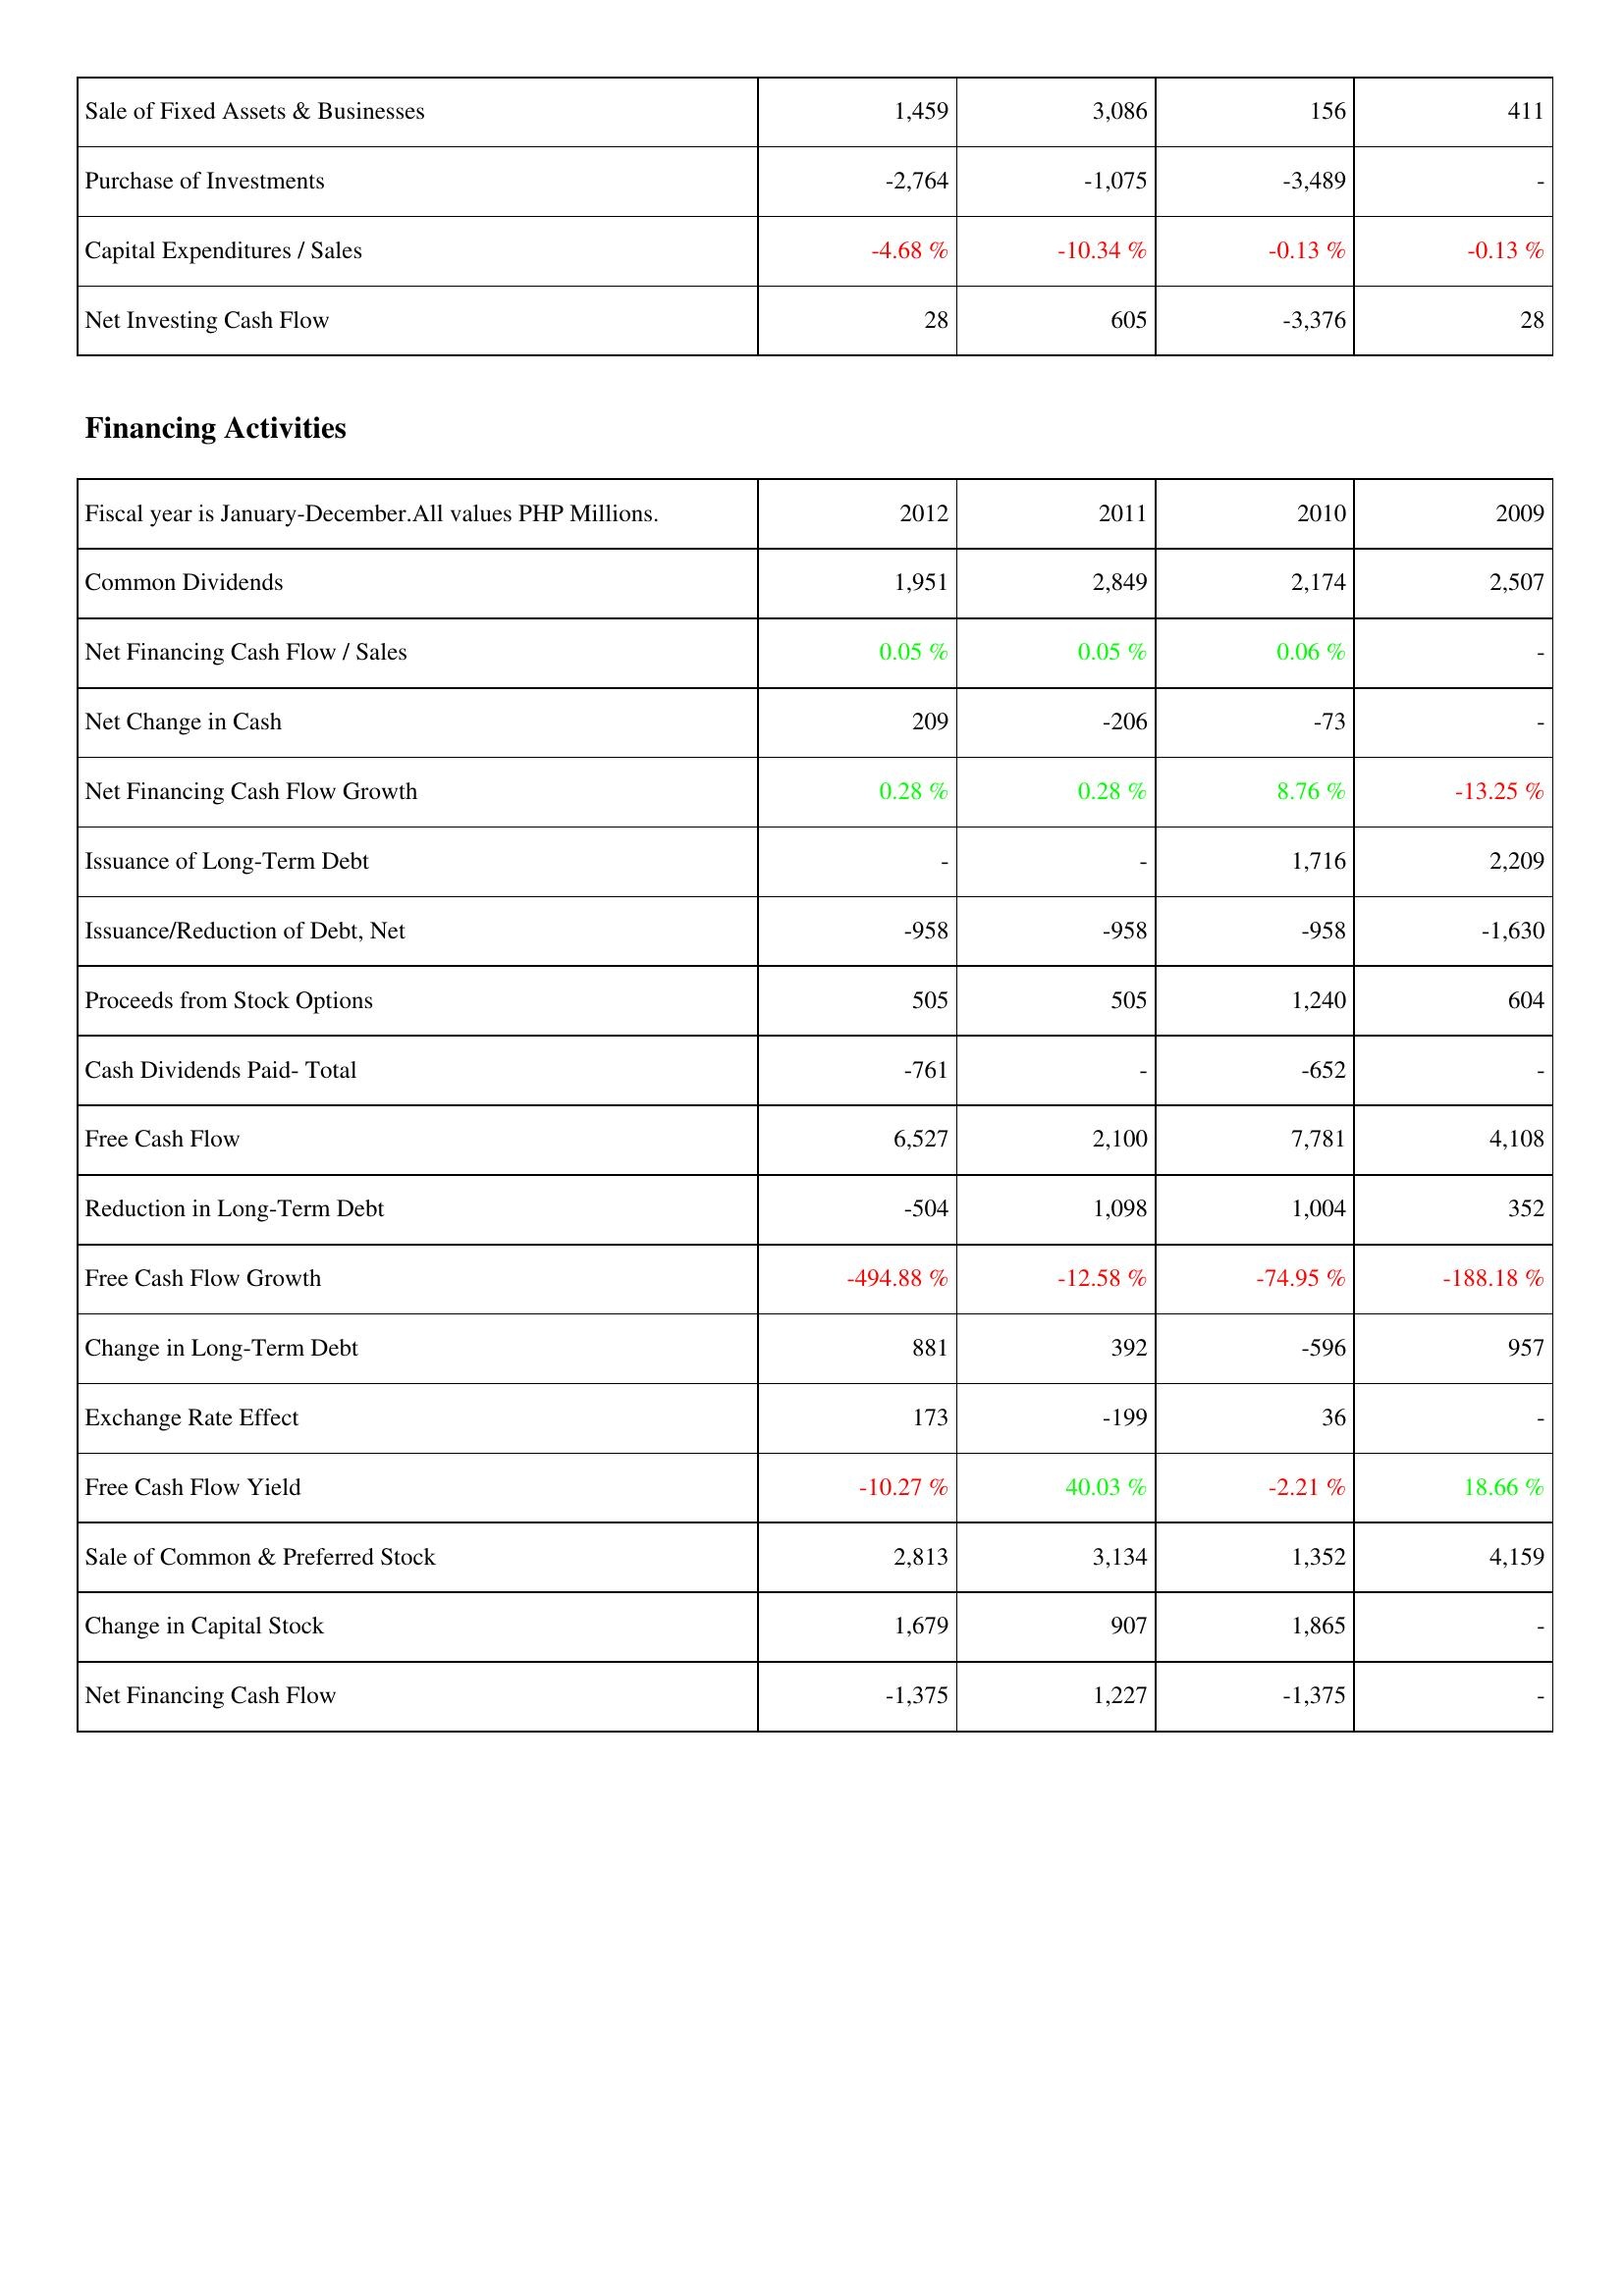
2012: Investing Activities: Sale of Fixed Assets & Businesses: 1,459
Purchase of Investments: -2,764
Capital Expenditures / Sales: -4.68 %
Net Investing Cash Flow: 28
Financing Activities: Common Dividends: 1,951
Net Financing Cash Flow / Sales: 0.05 %
Net Change in Cash: 209
Net Financing Cash Flow Growth: 0.28 %
Issuance of Long-Term Debt: -
Issuance/Reduction of Debt, Net: -958
Proceeds from Stock Options: 505
Cash Dividends Paid- Total: -761
Free Cash Flow: 6,527
Reduction in Long-Term Debt: -504
Free Cash Flow Growth: -494.88 %
Change in Long-Term Debt: 881
Exchange Rate Effect: 173
Free Cash Flow Yield: -10.27 %
Sale of Common & Preferred Stock: 2,813
Change in Capital Stock: 1,679
Net Financing Cash Flow: -1,375
2011: Investing Activities: Sale of Fixed Assets & Businesses: 3,086
Purchase of Investments: -1,075
Capital Expenditures / Sales: -10.34 %
Net Investing Cash Flow: 605
Financing Activities: Common Dividends: 2,849
Net Financing Cash Flow / Sales: 0.05 %
Net Change in Cash: -206
Net Financing Cash Flow Growth: 0.28 %
Issuance of Long-Term Debt: -
Issuance/Reduction of Debt, Net: -958
Proceeds from Stock Options: 505
Cash Dividends Paid- Total: -
Free Cash Flow: 2,100
Reduction in Long-Term Debt: 1,098
Free Cash Flow Growth: -12.58 %
Change in Long-Term Debt: 392
Exchange Rate Effect: -199
Free Cash Flow Yield: 40.03 %
Sale of Common & Preferred Stock: 3,134
Change in Capital Stock: 907
Net Financing Cash Flow: 1,227
2010: Investing Activities: Sale of Fixed Assets & Businesses: 156
Purchase of Investments: -3,489
Capital Expenditures / Sales: -0.13 %
Net Investing Cash Flow: -3,376
Financing Activities: Common Dividends: 2,174
Net Financing Cash Flow / Sales: 0.06 %
Net Change in Cash: -73
Net Financing Cash Flow Growth: 8.76 %
Issuance of Long-Term Debt: 1,716
Issuance/Reduction of Debt, Net: -958
Proceeds from Stock Options: 1,240
Cash Dividends Paid- Total: -652
Free Cash Flow: 7,781
Reduction in Long-Term Debt: 1,004
Free Cash Flow Growth: -74.95 %
Change in Long-Term Debt: -596
Exchange Rate Effect: 36
Free Cash Flow Yield: -2.21 %
Sale of Common & Preferred Stock: 1,352
Change in Capital Stock: 1,865
Net Financing Cash Flow: -1,375
2009: Investing Activities: Sale of Fixed Assets & Businesses: 411
Purchase of Investments: -
Capital Expenditures / Sales: -0.13 %
Net Investing Cash Flow: 28
Financing Activities: Common Dividends: 2,507
Net Financing Cash Flow / Sales: -
Net Change in Cash: -
Net Financing Cash Flow Growth: -13.25 %
Issuance of Long-Term Debt: 2,209
Issuance/Reduction of Debt, Net: -1,630
Proceeds from Stock Options: 604
Cash Dividends Paid- Total: -
Free Cash Flow: 4,108
Reduction in Long-Term Debt: 352
Free Cash Flow Growth: -188.18 %
Change in Long-Term Debt: 957
Exchange Rate Effect: -
Free Cash Flow Yield: 18.66 %
Sale of Common & Preferred Stock: 4,159
Change in Capital Stock: -
Net Financing Cash Flow: -